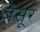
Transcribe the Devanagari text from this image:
बेसूर